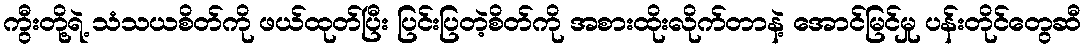
ကွီးတို့ရဲ့ သံသယစိတ်ကို ဖယ်ထုတ်ပြီး ပြင်းပြတဲ့စိတ်ကို အစားထိုးလိုက်တာနဲ့ အောင်မြင်မှု ပန်းတိုင်တွေဆီ